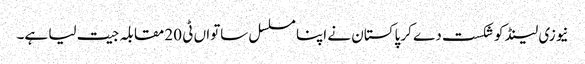
نیوزی لینڈ کو شکست دے کر پاکستان نے اپنا مسلسل ساتواں ٹی 20 مقابلہ جیت لیا ہے۔